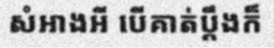
សំអាងអី បើគាត់ប្តឹងក៏